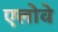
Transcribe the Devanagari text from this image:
एलोवे